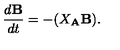
{ \frac { d { \bf B } } { d t } } = - ( X _ { \bf A } { \bf B } ) .